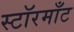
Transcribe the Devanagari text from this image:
स्टॉरमाँट